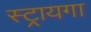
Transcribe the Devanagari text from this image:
स्ट्रायगा